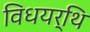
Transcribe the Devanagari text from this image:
विधयर्थि